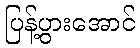
ပြန့်ပွားအောင်